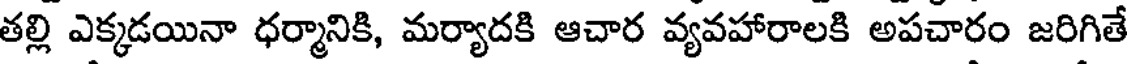
తల్లి ఎక్కడయినా ధర్మానికి, మర్యాదకి ఆచార వ్యవహారాలకి అపచారం జరిగితే